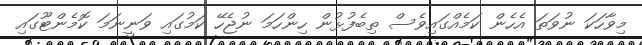
މިވާހަކަ ނުވަތަ އެހެން ކަމެއްގައިވެސް ތިބެފުޅުން ހިންހަމަ ނުޖެހޭ ކަމުގައި ވަނީނަމަ ކޮމެންޓޫގައި